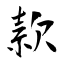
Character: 款